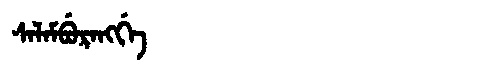
Manchu: ᠰᠠᠯᠠᠮᠪᡠᡵᠠᠩᡤᡝ
Romanization: SALAMBURANGGE